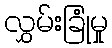
လွှမ်းခြုံမှု